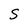
Character: S